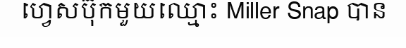
ហ្វេសប៊ុកមួយឈ្មោះ Miller Snap បាន